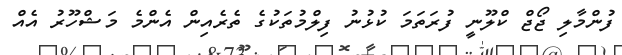
ފުންމާލި ޖޯޖް ކްލޫނީ ފުރަތަމަ ކުޅުނު ފިލްމުތަކުގެ ތެރެއިން އެންމެ މަޝްހޫރު އެއް